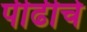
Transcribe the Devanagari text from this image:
पीढीचे